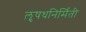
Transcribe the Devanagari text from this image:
औ़़षधनिर्मिती